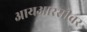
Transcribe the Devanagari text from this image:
आयआरसीवर